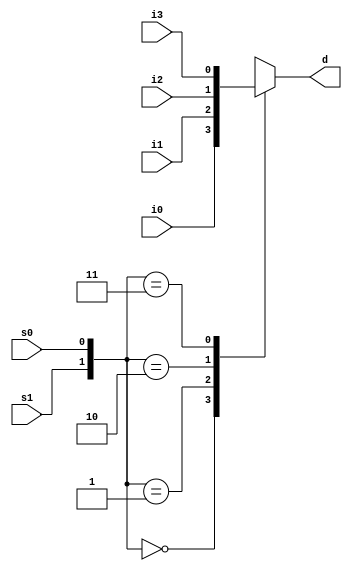
`timescale 1ns / 1ps
//////////////////////////////////////////////////////////////////////////////////
// Company: 
// Engineer: 
// 
// Design Name: 
// Module Name: MuxBehavioral
// Project Name: 
// Target Devices: 
// Tool Versions: 
// Description: 
// 
// Dependencies: 
// 
// Revision:
// Revision 0.01 - File Created
// Additional Comments:
// 
//////////////////////////////////////////////////////////////////////////////////


module MuxBehavioral(
    input s0,
    input s1,
    input i0,
    input i1,
    input i2,
    input i3,
    output reg d
    );
    
    always@*
    begin
    
        case({s1,s0})
            2'b00 : d = i0;
            2'b01 : d = i1;
            2'b10 : d = i2;
            2'b11 : d = i3;
            default : d = 0;
        endcase
    
    end
endmodule